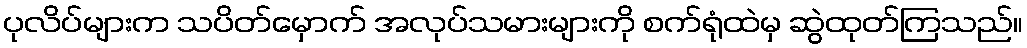
ပုလိပ်များက သပိတ်မှောက် အလုပ်သမားများကို စက်ရုံထဲမှ ဆွဲထုတ်ကြသည်။